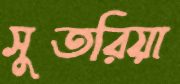
সুতরিয়া